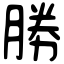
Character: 勝